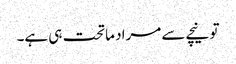
تو نیچے سے مراد ماتحت ہی ہے۔